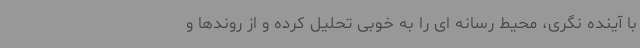
با آینده نگری، محیط رسانه ای را به خوبی تحلیل کرده و از روندها و